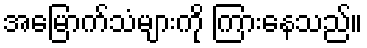
အမြောက်သံများကို ကြားနေသည်။